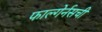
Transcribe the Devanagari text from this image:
फाल्गेर्नसची